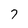
Character: 7